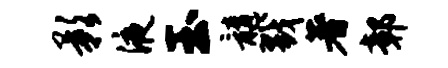
影液玉髓戮著鄣